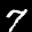
Label: 7